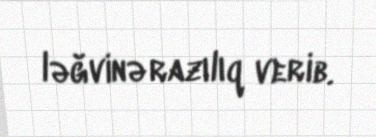
ləğvinə razılıq verib.